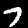
Label: 7